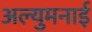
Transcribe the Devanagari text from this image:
अल्युमनाई